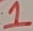
Text: 1